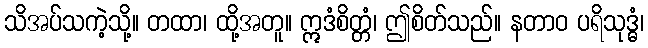
သိအပ်သကဲ့သို့။ တထာ၊ ထို့အတူ။ ဣဒံစိတ္တံ၊ ဤစိတ်သည်။ နတာဝ ပရိသုဒ္ဓံ၊